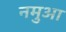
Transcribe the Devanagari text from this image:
नमुआ